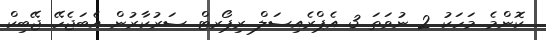
ކޮންމެ މަހަކު 2 ނުވަތަ 3 އެޕްރެއިސަލް ރިޕޯރޓް ސަރުކާރުން އެބަޖެހޭ ޖޭބިކް